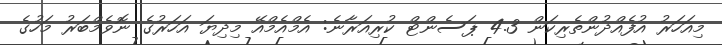
މިއަހަރު އުފެއްދުންތެރިކަން 4.3 ޕަސެންޓް ކުރިއަރާނެ: އެމްއެމްއޭ މިދިޔަ އަހަރުގެ ނޮވެމްބަރު މަހުގެ